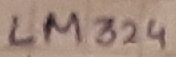
Text: LM324